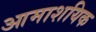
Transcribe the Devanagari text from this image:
आमाशयिक